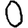
Digit: 0